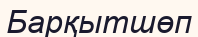
Барқытшөп